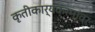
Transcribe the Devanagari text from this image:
कृतीकार्यक्रमांवर